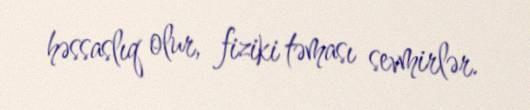
həssaslıq olur, fiziki təması sevmirlər.